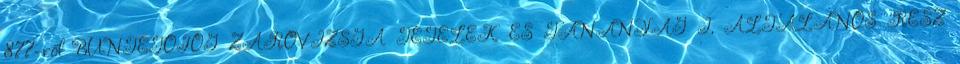
877-ről BÜNTETŐJOG ZÁRÓVIZSGA TÉTELEK ÉS TANANYAG I. ÁLTALÁNOS RÉSZ